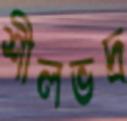
শীলভদ্র